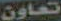
تعاون